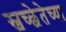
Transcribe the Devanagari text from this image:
स्वच्छेतेच्या